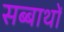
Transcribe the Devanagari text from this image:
सब्बाथों